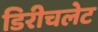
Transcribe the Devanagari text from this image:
डिरीचलेट